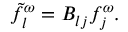
{ \tilde { f } } _ { l } ^ { \omega } = B _ { l j } f _ { j } ^ { \omega } .